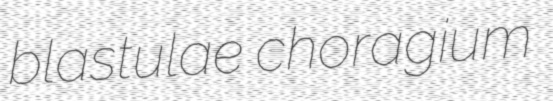
blastulae choragium